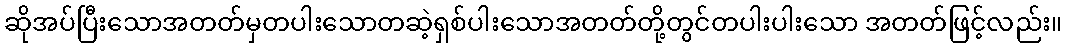
ဆိုအပ်ပြီးသောအတတ်မှတပါးသောတဆဲ့ရှစ်ပါးသောအတတ်တို့တွင်တပါးပါးသော အတတ်ဖြင့်လည်း။